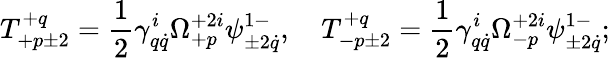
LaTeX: T_{+p\pm 2}^{+q}=\frac 12\gamma_{q\dot{q}}^{i}\Omega_{+p}^{+2i}\psi_{\pm 2\dot{q}}^{1-},\quad T_{-p\pm 2}^{+q}=\frac 12\gamma_{q\dot{q}}^{i}\Omega_{-p}^{+2i}\psi_{\pm 2\dot{q}}^{1-};